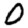
Digit: 0